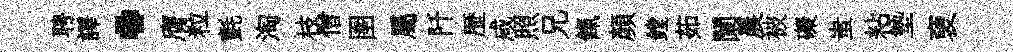
聘譯·膺粒氈淘枝僧圉屬阡歴咸照兄餼顔鏜茹闌晨被礙蚩粘墊褏